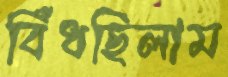
বিঁধছিলাম